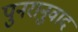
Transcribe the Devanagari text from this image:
पुनरानुवाद